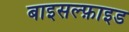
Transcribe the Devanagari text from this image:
बाइसल्फ़ाइड